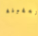
بالسفينة